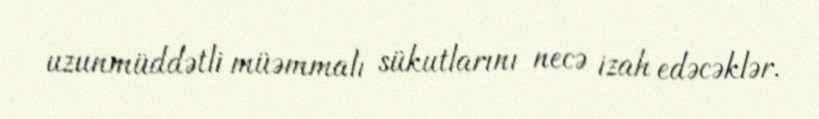
uzunmüddətli müəmmalı sükutlarını necə izah edəcəklər.